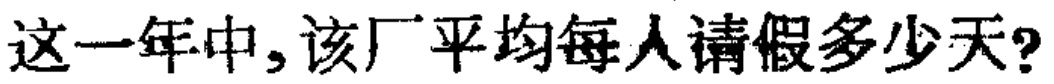
这一年中,该厂平均每人请假多少天?